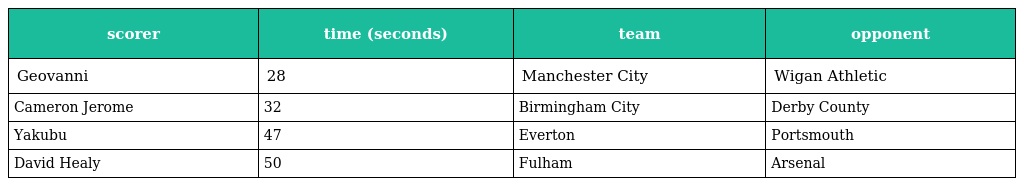
| scorer | time (seconds) | team | opponent |
 | --- | --- | --- | --- |
 | Geovanni | 28 | Manchester City | Wigan Athletic |
 | Cameron Jerome | 32 | Birmingham City | Derby County |
 | Yakubu | 47 | Everton | Portsmouth |
 | David Healy | 50 | Fulham | Arsenal |